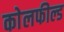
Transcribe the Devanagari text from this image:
काेलफील्ड